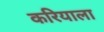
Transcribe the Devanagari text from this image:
करियाला